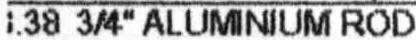
.38 3/4" ALUMINIUM ROD